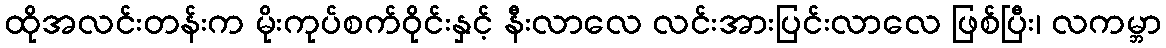
ထိုအလင်းတန်းက မိုးကုပ်စက်ဝိုင်းနှင့် နီးလာလေ လင်းအားပြင်းလာလေ ဖြစ်ပြီး၊ လကမ္ဘာ